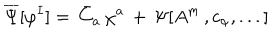
LaTeX: \overline { { \Psi } } [ \varphi ^ { I } ] = \, \bar { C } _ { a } \, \chi ^ { a } \, + \, \Psi [ A ^ { m } \, , c _ { \alpha } , . . . ]